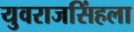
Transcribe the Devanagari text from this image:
युवराजसिंहला